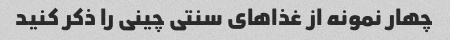
چهار نمونه از غذاهای سنتی چینی را ذکر کنید